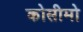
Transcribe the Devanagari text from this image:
कोसीमो